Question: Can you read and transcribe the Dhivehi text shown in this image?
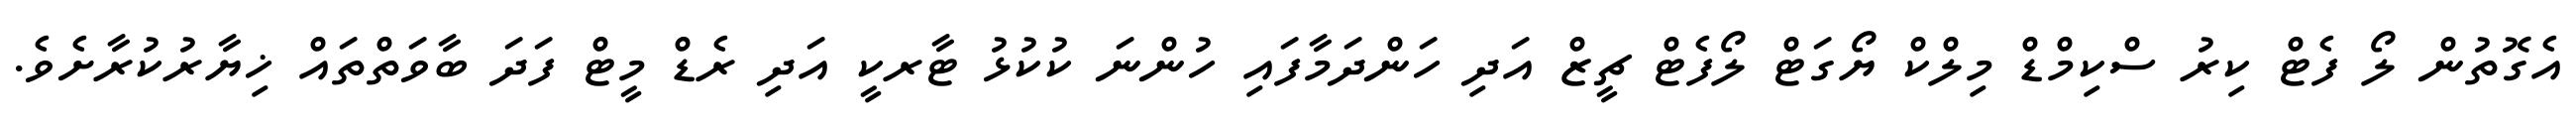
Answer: އެގޮތުން ލޯ ފެޓް ކިރު ސްކިމްޑް މިލްކް ޔޯގަޓް ލޯފެޓް ޗީޒް އަދި ހަންދަމާފައި ހުންނަ ކުކުޅު ޓާރކީ އަދި ރެޑް މީޓް ފަދަ ބާވަތްތައް ޚިޔާރުކުރާށެވެ.